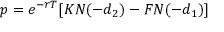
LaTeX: p = e ^ { - r T } [ K N ( - d _ { 2 } ) - F N ( - d _ { 1 } ) ]